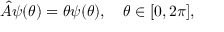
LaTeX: { \hat { A } } \psi ( \theta ) = \theta \psi ( \theta ) , \quad \theta \in [ 0 , 2 \pi ] ,